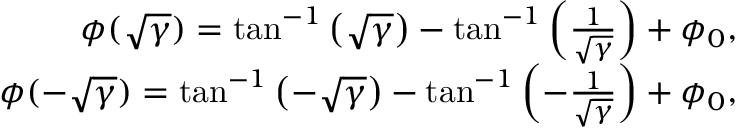
\begin{array} { r } { \phi ( \sqrt { \gamma } ) = \tan ^ { - 1 } \left( \sqrt { \gamma } \right) - \tan ^ { - 1 } \left( \frac { 1 } { \sqrt { \gamma } } \right) + \phi _ { 0 } , } \\ { \phi ( - \sqrt { \gamma } ) = \tan ^ { - 1 } \left( - \sqrt { \gamma } \right) - \tan ^ { - 1 } \left( - \frac { 1 } { \sqrt { \gamma } } \right) + \phi _ { 0 } , } \end{array}